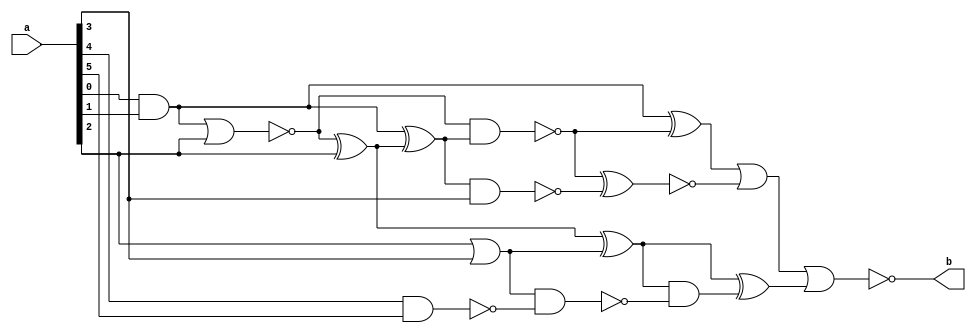
module netlist(a,b);
	input [5:0] a;
	output b;
	
	wire w1,w2,w3,w4,w5,w6,w7,w8,w9,w10,w11,w12,w13,w14,w15,w16,w17;
	
	and gate1(w1,a[0],a[1]);
	or gate2(w2,w1,a[2]);
	or gate3(w11,a[2],a[3]);
	nor gate4(b,w10,w17);	
	not gate5(w3,w2);
	xor gate6(w6,w3,a[2]);
	and gate7(w14,w11,w13);
	xor gate8(w7,w1,w6);
	xor gate9(w12,w6,w11);
	not gate10(w15,w14);
	nand gate11(w4,w3,w7);
	nand gate12(w8,w7,a[3]);
	and gate13(w16,w12,w15);
	xor gate14(w5,w1,w4);
	xnor gate15(w9,w4,w8);
	xor gate16(w17,w12,w16);
	or gate17(w10,w5,w9);
	nand gate18(w13,a[4],a[5]);

	
	endmodule